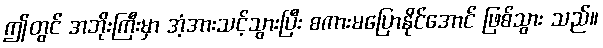
ဤတွင် အဘိုးကြီးမှာ အံ့အားသင့်သွားပြီး စကားမပြောနိုင်အောင် ဖြစ်သွား သည်။